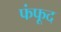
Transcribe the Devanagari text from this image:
फंफूद